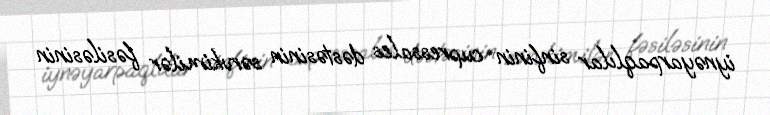
i̇ynəyarpaqlılar sinfinin cupressales dəstəsinin sərvkimilər fəsiləsinin